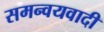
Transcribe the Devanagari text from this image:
समन्‍वयवादी